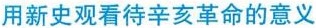
用新史观看待辛亥革命的意义